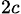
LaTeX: _{2c}